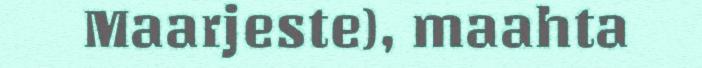
Maarjeste), maahta